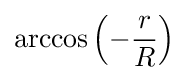
\arccos \left(-{\frac {r}{R}}\right)